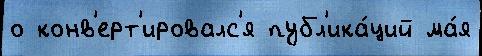
о конв'ерт'ировалс'я публ'ика́ций ма́я